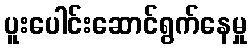
ပူးပေါင်းဆောင်ရွက်နေမှု